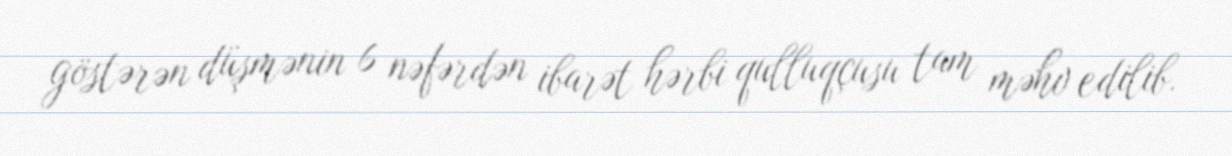
göstərən düşmənin 6 nəfərdən ibarət hərbi qulluqçusu tam məhv edilib.